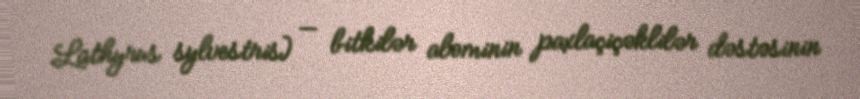
Lathyrus sylvestris) — bitkilər aləminin paxlaçiçəklilər dəstəsinin